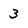
Character: 3